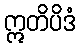
ဣတိပိဒံ